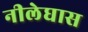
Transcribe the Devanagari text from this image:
नीलेघास